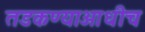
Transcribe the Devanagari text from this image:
तडकण्याआधीच